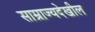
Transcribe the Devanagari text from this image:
साम्राज्यदेखील